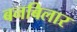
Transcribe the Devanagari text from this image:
बनबिलार